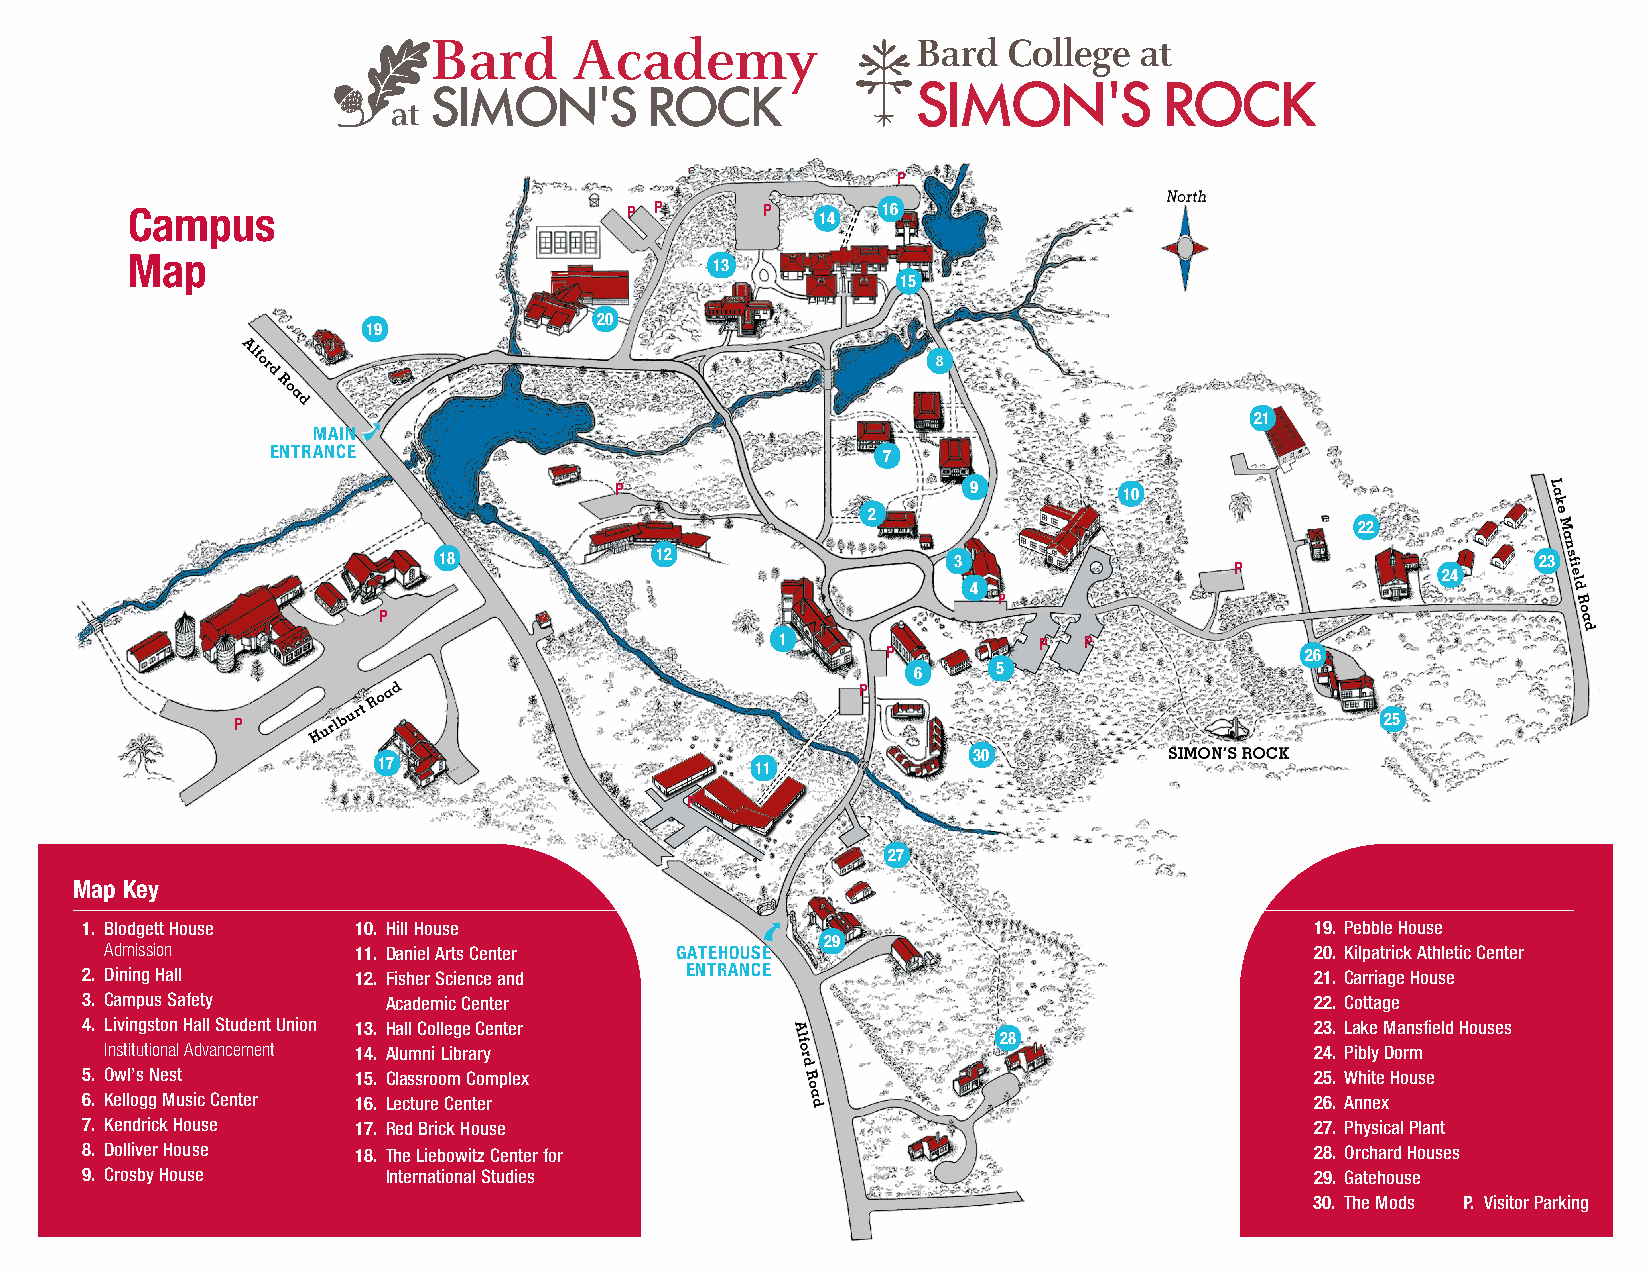
P
 Campus                           P P       P  14  16
 Map
 13
 15
 20
 19
 8
 21
 MAIN
 ENTRANCE                                7
 P                      9         10
 2
 22
 18            12                  3                                      23
 P
 24
 4
 P
 P
 1                P  P
 P                          26
 6     5
 P
 P                                                                            25
 30
 17                       11
 P
 27
 Map Key
 1. Blodgett House  10. Hill House                                                 19. Pebble House
 Admission       11. Daniel Arts Center GATEHOUSE 29                             20. Kilpatrick Athletic Center
 2. Dining Hall    12. Fisher Science and ENTRANCE                                 21. Carriage House
 3. Campus Safety     Academic Center                                              22. Cottage
 4. Livingston Hall Student Union 13. Hall College Center                          23. Lake Mansfield Houses
 28
 Institutional Advancement 14. Alumni Library                                    24. Pibly Dorm
 5. Owl’s Nest     15. Classroom Complex                                           25. White House
 6. Kellogg Music Center 16. Lecture Center                                        26. Annex
 7. Kendrick House 17. Red Brick House                                             27. Physical Plant
 8. Dolliver House 18. The Liebowitz Center for                                    28. Orchard Houses
 9. Crosby House      International Studies                                        29. Gatehouse
 30. The Mods P. Visitor Parking